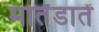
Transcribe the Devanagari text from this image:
मार्तंडातें